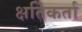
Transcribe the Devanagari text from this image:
क्षतिकर्ता